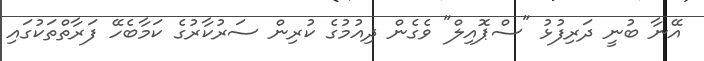
އޭނާ ބުނީ ދަރިފުޅު "ސްޕޮއިލް" ވެގެން ދިއުމުގެ ކުރިން ސަރުކާރުގެ ކަމާބެހޭ ފަރާތްތަކުގައި